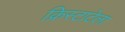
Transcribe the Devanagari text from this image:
क्रिस्टाटेला